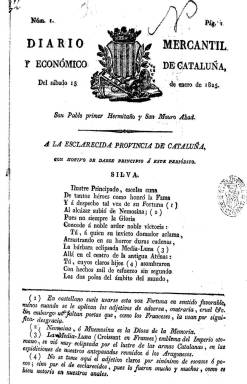
Título: Diario mercantil y económico de Cataluña
Colección: Periódicos anteriores a 1850
Ámbito geográfico: Barcelona
Lugar de publicación: Barcelona
Fechas: 15/01/1825-31/05/1825

Tras el Trienio Liberal (1820-1823) y durante la Década Ominosa (1823-1833), que ahogará de nuevo la libertad de imprenta y producirá un nuevo exilio liberal exterior e interior, este diario será el único que competirá, aunque por poco tiempo, con el Diario de Barcelona (fundado en 1792), que en ese momento está ya en manos de Eulalia Ferrer (1780-1850), viuda de Antonio Brusi (1775-1821), quien ya se había quedado con el monopolio de la prensa barcelonesa entre 1817 y 1820. La impresión de un nuevo diario por parte de José Rubio (1779-1849), al obtener también el “real privilegio”, a partir del 15 de enero de 1825, se debió probablemente a la estrategia de este editor-librero para dedicarlo a la Junta de Comercio y darle carácter regional, colocando un grabado del escudo catalán en su cabecera, y denominando en ese momento “provincia” a Cataluña en la silva dedicada a ella y que inserta al principio de su primer número, a modo de presentación del periódico, y en la que asimismo denomina a su lengua vernácula como “dialecto particular”.

Escrito en castellano, será un diario matutino, en 8º y de cuatro páginas (a veces ocho) compuestas a una columna. Bajo su cabecera ofrece el santoral y el orden de la plaza. Sus contenidos se dividen en noticias oficiales, de economía, industria, ciencias, artes, agricultura y comercio, entre las que se encuentran los precios de los productos de consumo, los valores de las monedas, las cotizaciones de la bolsa, el movimiento portuario o los estrenos teatrales; y artículos de esa misma naturaleza, generalmente divulgativos, así como algunos artículos comunicados (cartas al editor) y composiciones en verso. Dedica gran espacio a las noticias del extranjero, que reproduce de los periódicos de otros países, así como a los asuntos económicos.

Mientras que la colección de este título en el Archivo Histórico de la Ciudad de Barcelona acaba el 28 de marzo de 1825, la de la Biblioteca Nacional de España termina en el número 141, correspondiente al 31 de mayo, siendo su última página la 632 (tiene foliación continuada). Un litigio abierto entre los editores de Diario de Barcelona y Diario mercantil y económico de Cataluña, que compartían el privilegio de publicar sus respectivos periódicos, se resolvió a favor del primero. Según la tesis de Montserrat Comas i Güell (2009 y 2012), Rubio solicitaría, en 1833, modificar el título del periódico El Mensajero catalán por el de Periódico mercantil y económico de Cataluña.